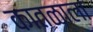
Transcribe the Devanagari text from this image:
कातळाला